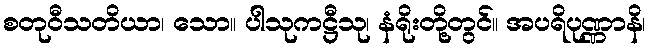
စတုဝီသတိယာ၊ သော။ ပါသုကဋ္ဌီသု၊ နံရိုးတို့တွင်။ အပရိပုဏ္ဏာနိ၊